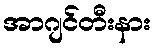
အာဂျင်တီးနား